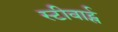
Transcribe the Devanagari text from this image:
स्टीवार्ट्स